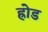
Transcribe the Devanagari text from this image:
ह्रोड